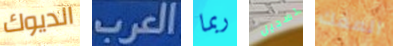
الديوك العرب ربما تسجيل المفك